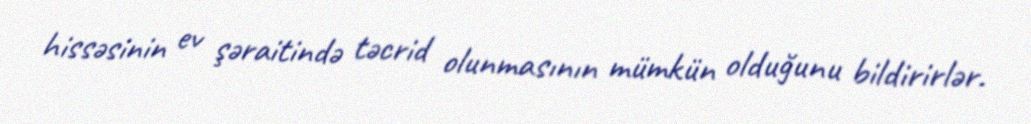
hissəsinin ev şəraitində təcrid olunmasının mümkün olduğunu bildirirlər.